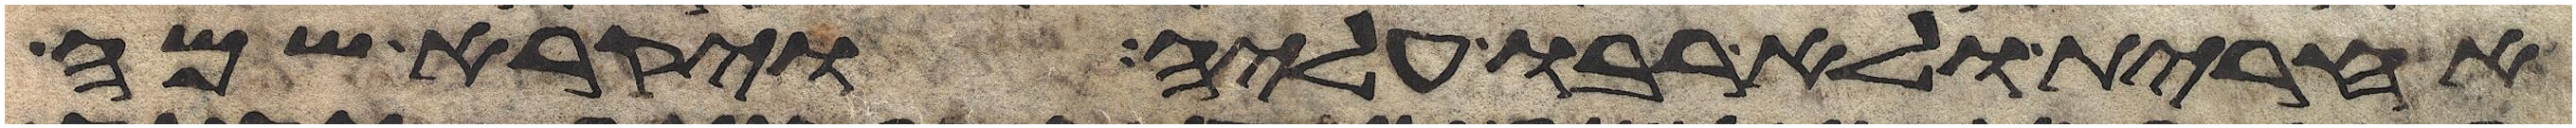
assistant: אחרת ולא רבו עליה ויקרא שמה